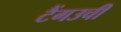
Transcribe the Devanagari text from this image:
टैंगउची